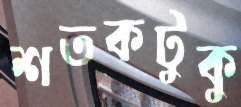
শতকটুকু